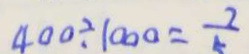
4 0 0 \div 1 0 0 0 = \frac { 2 } { 5 }